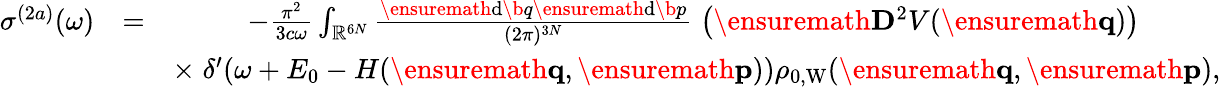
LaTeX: \begin{array}{rlr}{\sigma^{(2a)}(\omega)}&{=}&{-\frac{\pi^{2}}{3c\omega}\int_{\mathbb{R}^{6N}}\frac{\ensuremath{\mathrm{d}}\b{q}\ensuremath{\mathrm{d}}\b{p}}{(2\pi)^{3N}}\; \left(\ensuremath{\mathbf{D}}^{2}V(\ensuremath{\mathbf{q}})\right)\phantom{xxxxx}}\\ &{}&{\times\; \delta^{\prime}\! \left(\omega+E_{0}-H(\ensuremath{\mathbf{q}},\ensuremath{\mathbf{p}})\right)\rho_{0,\mathrm{W}}(\ensuremath{\mathbf{q}},\ensuremath{\mathbf{p}}),}\end{array}